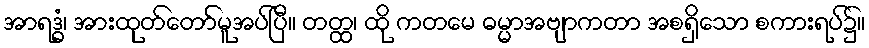
အာရဒ္ဓံ၊ အားထုတ်တော်မူအပ်ပြီ။ တတ္ထ၊ ထို ကတမေ ဓမ္မာအဗျာကတာ အစရှိသော စကားရပ်၌။